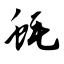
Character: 蚝